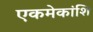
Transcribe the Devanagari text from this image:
एकमेकांशि